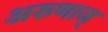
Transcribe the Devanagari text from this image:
अरुणाज्